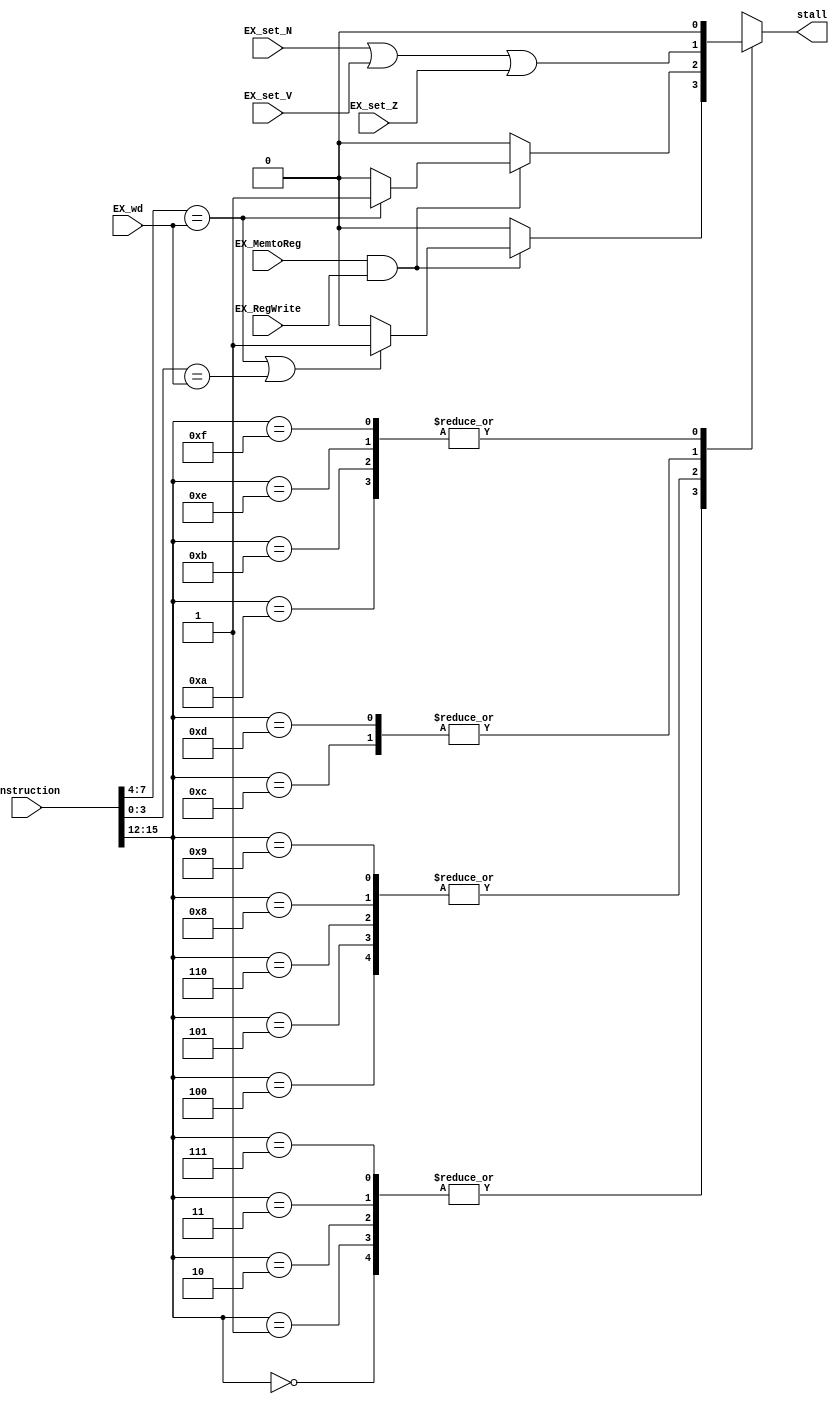
module hazard_detection (input [3:0] EX_wd, input EX_MemtoReg, input EX_RegWrite, input EX_set_N, input EX_set_V, input EX_set_Z, input [15:0] instruction, output reg stall);
	always @(*) begin
		case (instruction[15:12])
			4'b0000: begin // ADD
				stall = (EX_MemtoReg & EX_RegWrite) ? (((instruction[7:4] == EX_wd) | (instruction[3:0] == EX_wd)) ? 1'b1 : 1'b0) : 1'b0;
			end
			
			4'b0001: begin // SUB
				stall = (EX_MemtoReg & EX_RegWrite) ? (((instruction[7:4] == EX_wd) | (instruction[3:0] == EX_wd)) ? 1'b1 : 1'b0) : 1'b0;
			end
			
			4'b0010: begin // XOR
				stall = (EX_MemtoReg & EX_RegWrite) ? (((instruction[7:4] == EX_wd) | (instruction[3:0] == EX_wd)) ? 1'b1 : 1'b0) : 1'b0;
			end
			
			4'b0011: begin // RED
				stall = (EX_MemtoReg & EX_RegWrite) ? (((instruction[7:4] == EX_wd) | (instruction[3:0] == EX_wd)) ? 1'b1 : 1'b0) : 1'b0;
			end
			
			4'b0100: begin // SLL
				stall = (EX_MemtoReg & EX_RegWrite) ? ((instruction[7:4] == EX_wd) ? 1'b1 : 1'b0) : 1'b0;
			end
			
			4'b0101: begin // SRA
				stall = (EX_MemtoReg & EX_RegWrite) ? ((instruction[7:4] == EX_wd) ? 1'b1 : 1'b0) : 1'b0;
			end
			
			4'b0110: begin // ROR
				stall = (EX_MemtoReg & EX_RegWrite) ? ((instruction[7:4] == EX_wd) ? 1'b1 : 1'b0) : 1'b0;
			end
			
			4'b0111: begin // PADDSB
				stall = (EX_MemtoReg & EX_RegWrite) ? (((instruction[7:4] == EX_wd) | (instruction[3:0] == EX_wd)) ? 1'b1 : 1'b0) : 1'b0;
			end
			
			4'b1000: begin // LW
				stall = (EX_MemtoReg & EX_RegWrite) ? ((instruction[7:4] == EX_wd) ? 1'b1 : 1'b0) : 1'b0;
			end
			
			4'b1001: begin // SW
				stall = (EX_MemtoReg & EX_RegWrite) ? ((instruction[7:4] == EX_wd) ? 1'b1 : 1'b0) : 1'b0; // TODO
			end
			
			4'b1010: begin // LLB
				stall = 1'b0;
			end
			
			4'b1011: begin // LHB
				stall = 1'b0;
			end
			
			4'b1100: begin // B
				stall = (EX_set_N | EX_set_V | EX_set_Z);
			end
			
			4'b1101: begin // BR
				stall = (EX_set_N | EX_set_V | EX_set_Z);
			end
			
			4'b1110: begin // PCS
				stall = 1'b0;
			end
			
			4'b1111: begin // HLT
				stall = 1'b0;
			end
			
			default: begin // HLT
				stall = 1'b0;
			end
		endcase
	end
endmodule